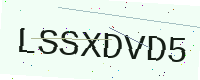
Text: LSSXDVD5